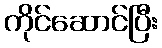
ကိုင်ဆောင်ပြီး